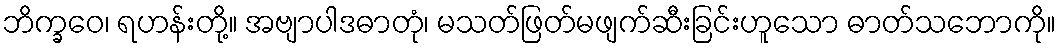
ဘိက္ခဝေ၊ ရဟန်းတို့။ အဗျာပါဒဓာတုံ၊ မသတ်ဖြတ်မဖျက်ဆီးခြင်းဟူသော ဓာတ်သဘောကို။